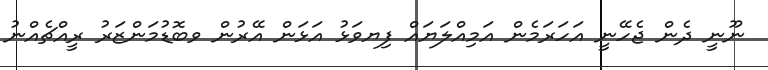
ނޫނީ ދެން ޖެހޭނީ އަހަރަމެން އަމިއްލަޔައް ފިޔވަޅު އަޅަން އޭރުން ވބޮޑުމަންޒަރު ރީއްޗެއްނު